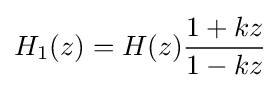
H_{1}(z)=H(z){\frac {1+kz}{1-kz}}